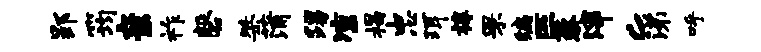
郢筠亲祚磬桀蒲踢凉揭忠珥椁罘编匹藜滓c涕呼